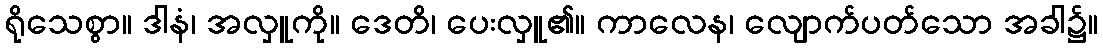
ရိုသေစွာ။ ဒါနံ၊ အလှူကို။ ဒေတိ၊ ပေးလှူ၏။ ကာလေန၊ လျောက်ပတ်သော အခါ၌။